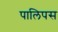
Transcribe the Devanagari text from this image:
पालिपस